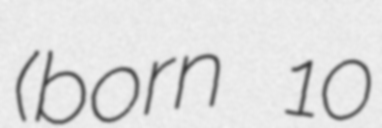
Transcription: (born 10